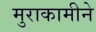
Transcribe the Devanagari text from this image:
मुराकामीने